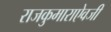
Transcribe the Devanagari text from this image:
राजकुमाराऐवजी